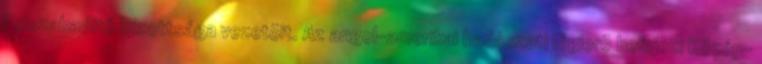
Felszabadító Bizottsága vezetõit. Az angol-amerikai hadászati légierõ befejezi Közép-